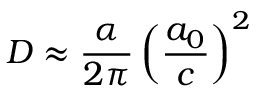
D \approx \frac { \alpha } { 2 \pi } \left( \frac { a _ { 0 } } { c } \right) ^ { 2 }